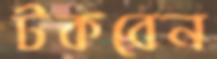
টকবেন